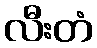
လီးတံ